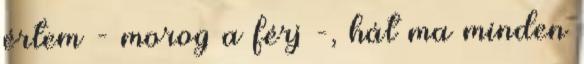
értem - morog a férj -, hát ma minden